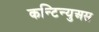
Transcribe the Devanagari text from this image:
कन्टिन्युअस